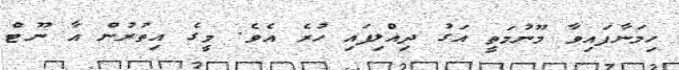
ހިމަނާފައިވާ މޫނުމަތީ އަގު ދިއްލިފައި ހުރެ އެވެ. މީގެ އިތުރުން އާ ނޫޓް